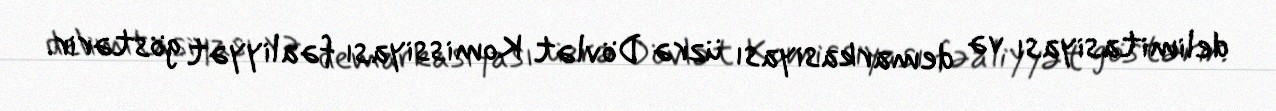
delimitasiyası və demarkasiyası üzrə Dövlət Komissiyası fəaliyyət göstərir.